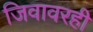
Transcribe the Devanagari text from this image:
जिवावरही